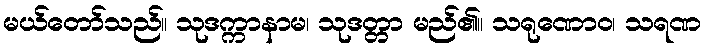
မယ်တော်သည်။ သုဒက္ကာနာမ၊ သုဒတ္တာ မည်၏။ သရုဏောဝ၊ သရဏ